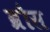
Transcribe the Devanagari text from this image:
ब्रौस